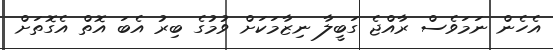
އެހެން ނަމަވެސް ރާއްޖެ ގަބީލާ ނިޒާމަކަށް ވުމުގެ ބިރު އެބަ އޮތް އެގޮތަށް